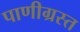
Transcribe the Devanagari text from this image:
पाणीग्रस्त